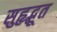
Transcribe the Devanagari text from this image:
सुहृद्भूत